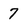
Character: 7